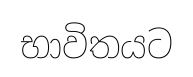
භාවිතයට